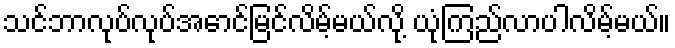
သင်ဘာလုပ်လုပ်အောင်မြင်လိမ့်မယ်လို့ ယုံကြည်လာပါလိမ့်မယ်။